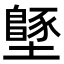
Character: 𡒴